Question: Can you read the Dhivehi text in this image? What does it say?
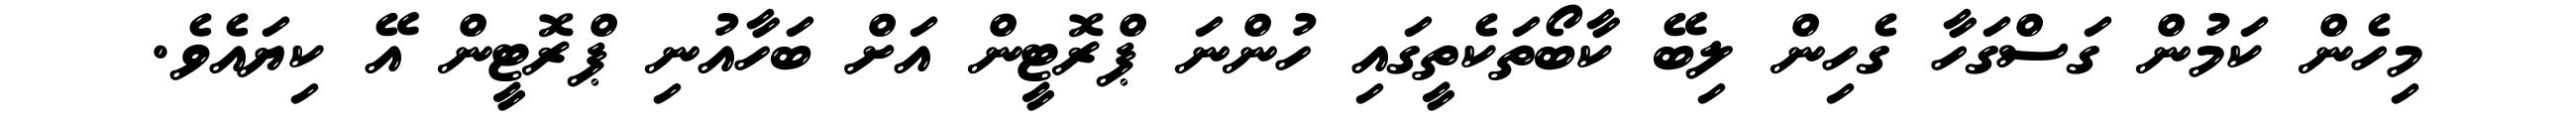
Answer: މިހެން ކަމުން ގަސްގަހާ ގެހިން ލިބޭ ކާބޯތަކެތީގައި ހުންނަ ޕްރޮޓީން އަށް ބަހާއުނި ޕްރޮޓީން އޭ ކިޔައެވެ.